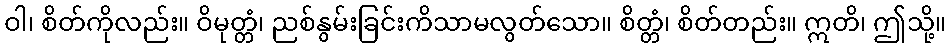
ဝါ၊ စိတ်ကိုလည်း။ ဝိမုတ္တံ၊ ညစ်နွမ်းခြင်းကိသာမလွတ်သော။ စိတ္တံ၊ စိတ်တည်း။ ဣတိ၊ ဤသို့။